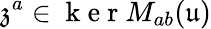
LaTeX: \mathfrak{z}^{a}\in\mathrm{~k~e~r~}M_{ab}(\mathfrak{u})